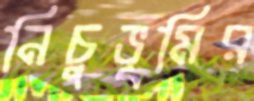
নিচুভূমির